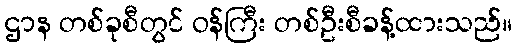
ဌာန တစ်ခုစီတွင် ဝန်ကြီး တစ်ဦးစီခန့်ထားသည်။